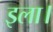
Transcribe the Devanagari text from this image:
इला।